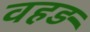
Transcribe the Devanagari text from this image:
वहड़